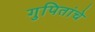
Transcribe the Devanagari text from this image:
गुपितांचे